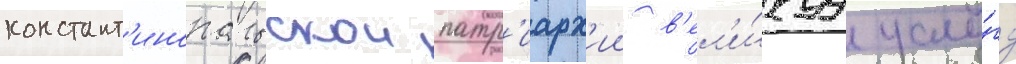
констант'инопольскои патр'иарх'ии в'ел'и́куу услу́гу